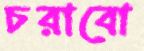
চরাবো